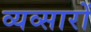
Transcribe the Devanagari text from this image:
व्यव्सारों